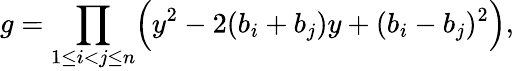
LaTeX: g=\prod_{1\leq i<j\leq n}\Bigl(y^{2}-2(b_{i}+b_{j})y+(b_{i}-b_{j})^{2}\Bigr),